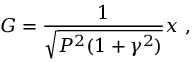
G = \frac { 1 } { \sqrt { P ^ { 2 } ( 1 + \gamma ^ { 2 } ) } } x \ ,